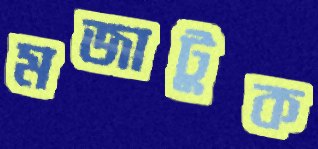
মজাটুক